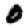
Digit: 0